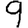
Digit: 9